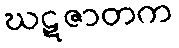
ဃဋဇာတက